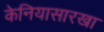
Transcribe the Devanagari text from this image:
केनियासारखा